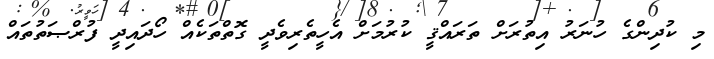
މި ކުދިންގެ ހުނަރު އިތުރަށް ތަރައްޤީ ކުރުމަށް އެހީތެރިވެދީ ގޮތްތަކެއް ހޯދައިދީ ފުރްޞަތުތައް